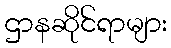
ဌာနဆိုင်ရာများ